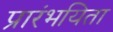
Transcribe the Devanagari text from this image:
प्रारंभयिता